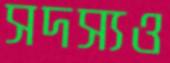
সদস্যও